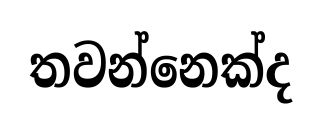
තවන්නෙක්ද